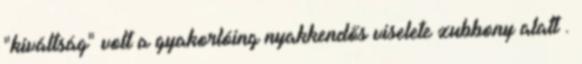
"kiváltság" volt a gyakorlóing nyakkendős viselete zubbony alatt .